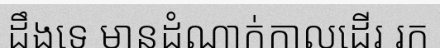
ដឹងទេ មានដំណាក់កាលដើរ រក